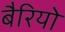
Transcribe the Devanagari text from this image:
बैरियो